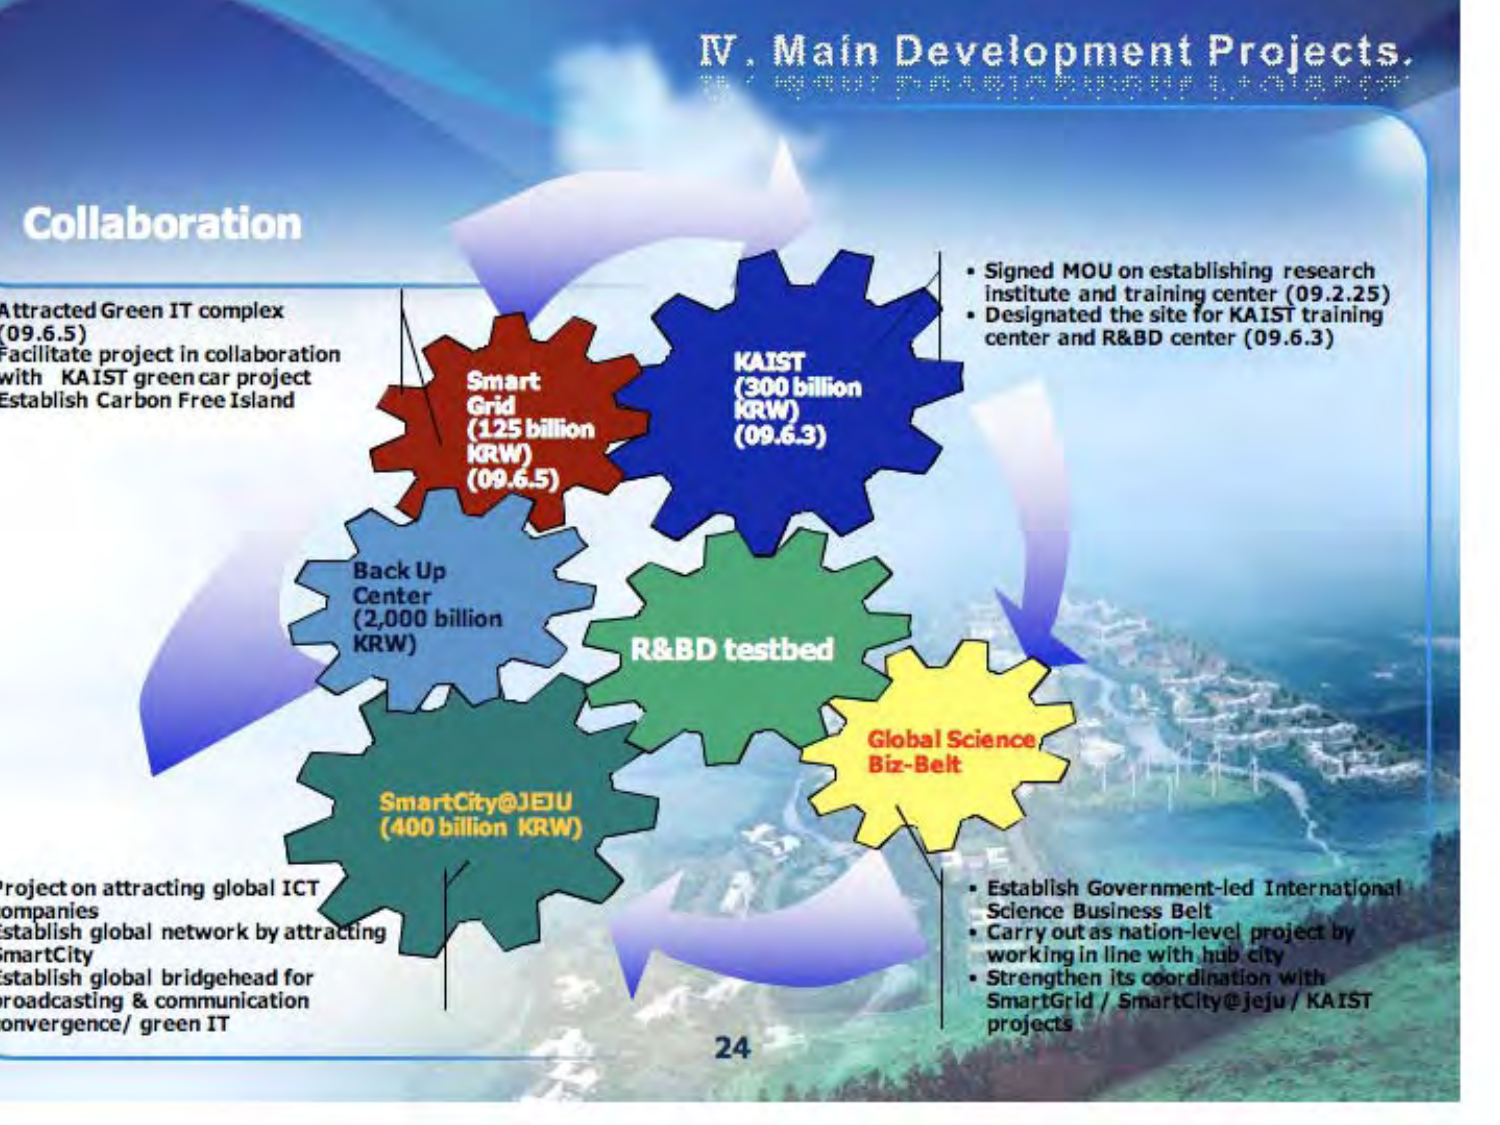
IV. Main Development Projects.

Collaboration

Attracted Green IT complex
(09.6.5)
Facilitate project in collaboration
with KAIST green car project
Establish Carbon Free Island

Smart Grid
(125 billion KRW)
(09.6.5)

KAIST
(300 billion KRW)
(09.6.3)

Back Up Center
(2,000 billion KRW)

R&BD testbed

SmartCity@JEJU
(400 billion KRW)

Global Science Biz-Belt

Project on attracting global ICT companies
Establish global network by attracting SmartCity
Establish global bridgehead for broadcasting & communication convergence / green IT

• Signed MOU on establishing research institute and training center (09.2.25)
• Designated the site for KAIST training center and R&BD center (09.6.3)

• Establish Government-led International Science Business Belt
• Carry out as nation-level project by working in line with hub city
• Strengthen its coordination with SmartGrid / SmartCity@jeju / KAIST projects

24